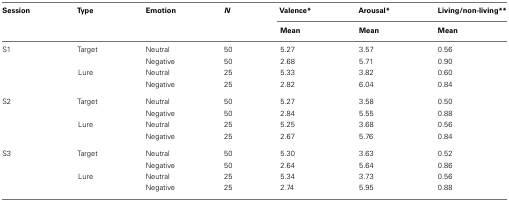
| Session | Type | Emotion | N | Valence* | Arousal* | Living/non-living** |
 |  |  |  |  | Mean | Mean | Mean |
 | --- | --- | --- | --- | --- | --- | --- |
 | S1 | Target | Neutral | 50 | 5.27 | 3.57 | 0.56 |
 |  |  | Negative | 50 | 2.68 | 5.71 | 0.90 |
 |  | Lure | Neutral | 25 | 5.33 | 3.82 | 0.60 |
 |  |  | Negative | 25 | 2.82 | 6.04 | 0.84 |
 | S2 | Target | Neutral | 50 | 5.27 | 3.58 | 0.50 |
 |  |  | Negative | 50 | 2.84 | 5.55 | 0.88 |
 |  | Lure | Neutral | 25 | 5.25 | 3.68 | 0.56 |
 |  |  | Negative | 25 | 2.67 | 5.76 | 0.84 |
 | S3 | Target | Neutral | 50 | 5.30 | 3.63 | 0.52 |
 |  |  | Negative | 50 | 2.64 | 5.64 | 0.86 |
 |  | Lure | Neutral | 25 | 5.34 | 3.73 | 0.56 |
 |  |  | Negative | 25 | 2.74 | 5.95 | 0.88 |